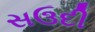
સઉદી